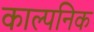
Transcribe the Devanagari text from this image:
काल्‍पनिक